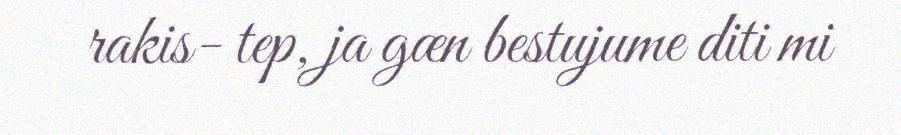
rakis- tep, ja gæn bestujume diti mi